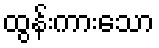
ထွန်းကားသော